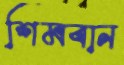
শিমবান